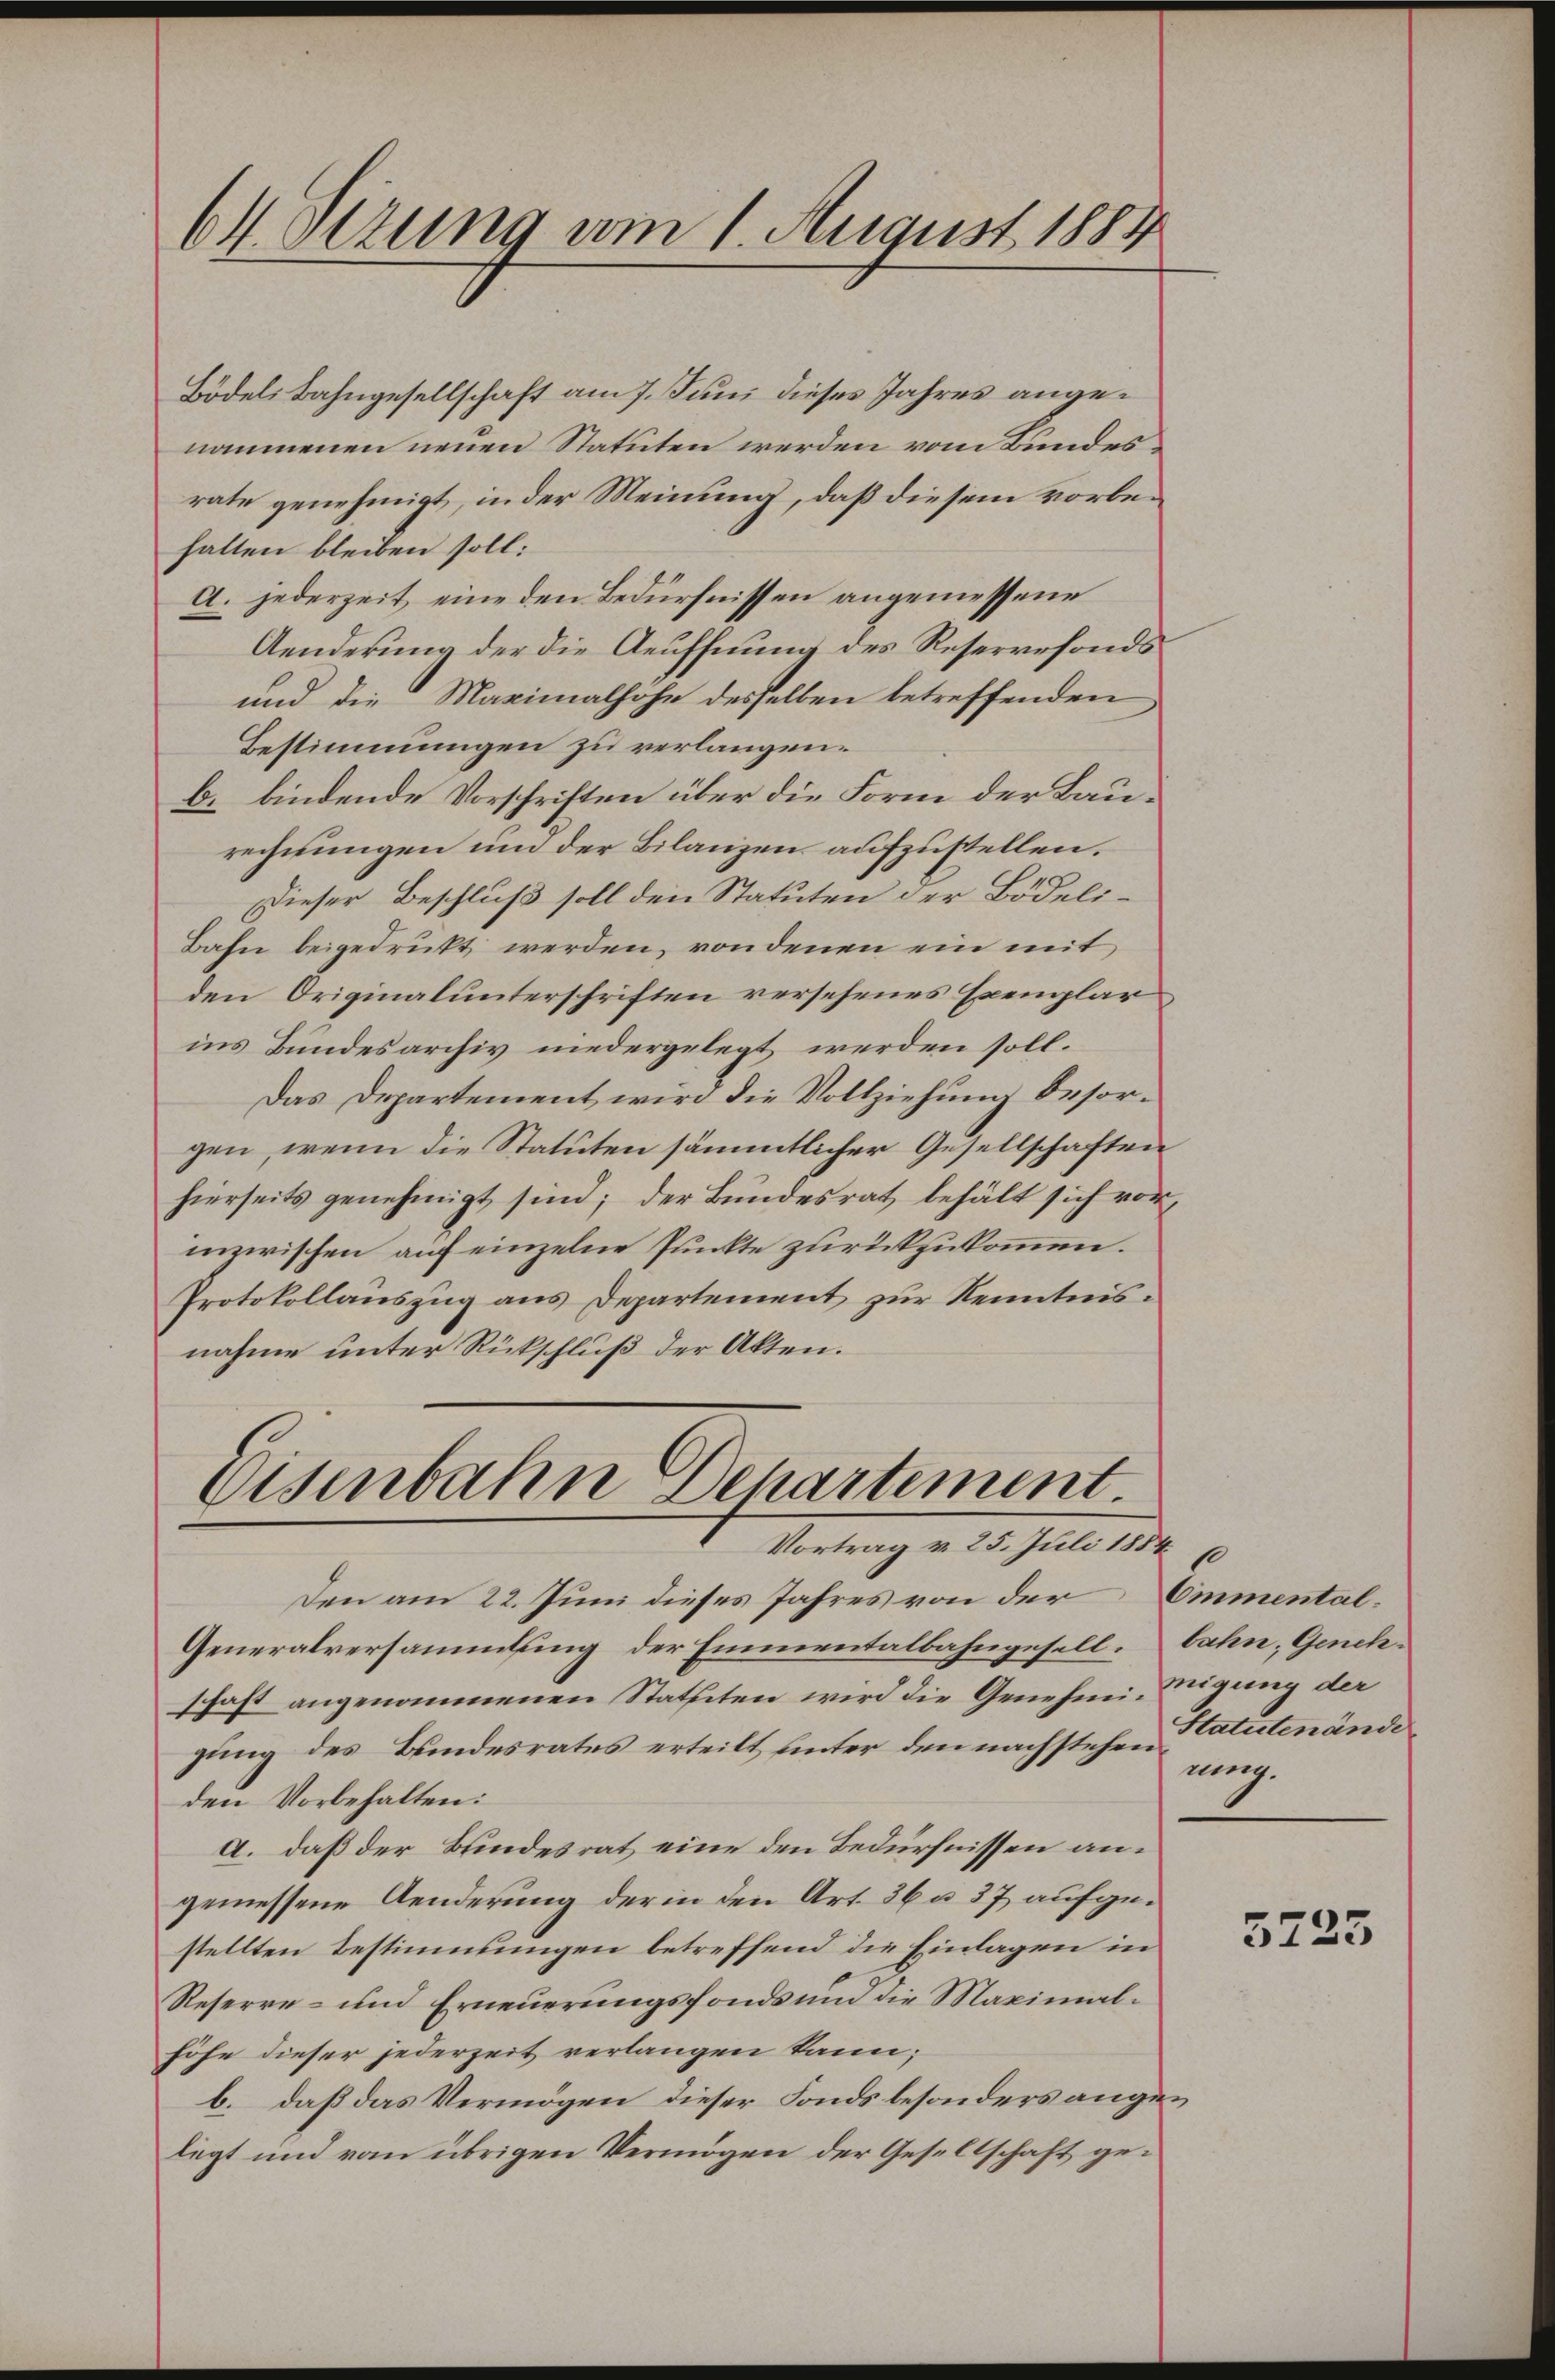
64. Dezung am 1. August 1884

Bödel Bahngesellschaft am 7. Juni dieses Jahres angenommenen neuen Statuten werden vom Bundes
rate genehmigt, in der Meinung, daß diesem vorbehalten bleiben soll:
A. jederzeit eine den Bedürfnissen angemessene
Aenderung der die Aeuffnung des Reservefonds¬
und die Maximalhohe desselben betreffenden
Bestimmungen zu verlangen.
b. bindende Vorschriften über die Form der Baurechnungen um der Bilanzen aufzustellen.
Dieser Beschluß soll den Statuten der Bödeli¬
Bahn beigedruckt werden, von denen ein mit
den Originalunterschriften versehenes Exemplar
ins Bundesarchiv niedergelegt werden soll.
Das Departement wird die Vollziehung besorgen, wenn die Statuten sämmtlicher Gesellschaften
hierseits genehmigt sind; der Bundesrat behält sich vorinzwischen auf einzelne Punkte zurückzukommen.
Protokollauszug aus Departement zur Kenntnisnahme unter Rückschluß der Akten.

Eisenbahn Departement.
Vortrag v. 25. Juli 1884

Den am 22. Juni dieses Jahres von der Emmental¬
Generalversammlung der Emmentalbahngesell. bahn, Genehschaft angenommenen Statuten wird die Genehmigung der
gung des Bundesrates erteilt unter den nachstehen Statutenände
den Vorbehalten:
a. daß der Bundesrat eine den Bedürfnissen angemessene Aenderung der in den Art. 36 a 37 aufgestellten Bestimmungen betreffend die Einlagen in
Reserre- und Erneuerungsfonds und die Maximalhöhe dieser jederzeit verlangen kann;
b. daß das Vermögen dieser Fonds besonders angelegt und vom übrigen Vermögen der Gesellschaft ge¬

so
nng.

5725